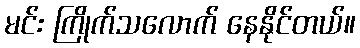
မင်း ကြိုက်သလောက် နေနိုင်တယ်။